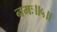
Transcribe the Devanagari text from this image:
नमः॥५॥